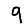
Digit: 9